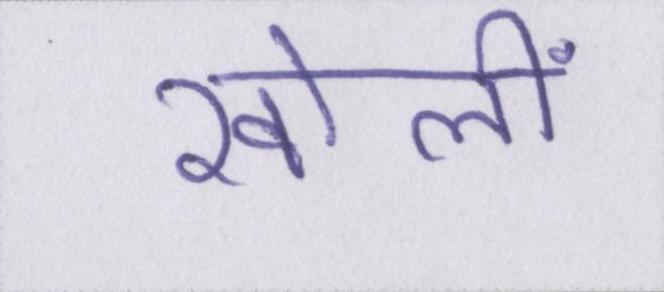
खोलीं